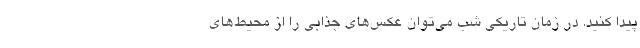
پیدا کنید. در زمان تاریکی شب می‌توان عکس‌های جذابی را از محیط‌های